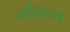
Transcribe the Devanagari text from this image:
अतिशन